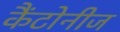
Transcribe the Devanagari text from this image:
कैंटोनीज